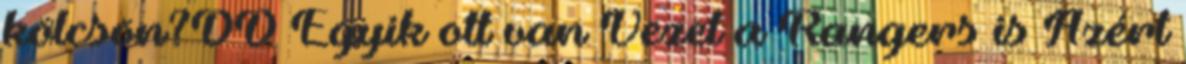
kölcsön?DD Egyik ott van Vezet a Rangers is Azért